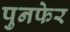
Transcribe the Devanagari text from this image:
पुनफेर